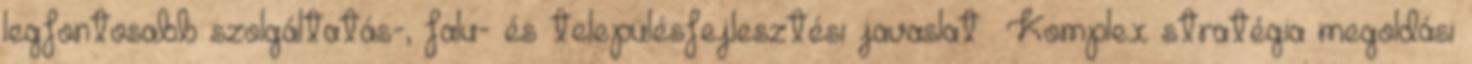
legfontosabb szolgáltatás-, falu- és településfejlesztési javaslat –Komplex stratégia megoldási